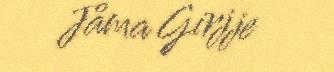
Jåma Girjje